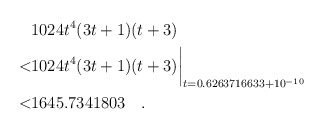
\begin{align*} & 1024 t^4(3t+1)(t+3) \\ < & 1024 t^4(3t+1)(t+3)\biggr\rvert_{t=0.6263716633 + 10^{-10}} \\ < & 1645.7341803\quad . \end{align*}